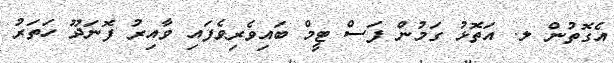
އެގޮތުން ލ. އަތޮޅު ގަމުން ފަސް ޓީމް ބައިވެރިވެފައި ވާއިރު ފޮނަދޫ ހަތަރު